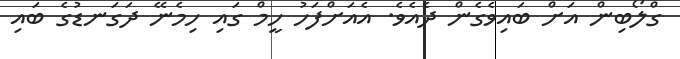
ގްލޯބިން އަށް ބައިވެގެން ދެއެވެ. އެއަށްފަހު ހީމް ގައި ހިމެނޭ ދަގަނޑުގެ ބައި